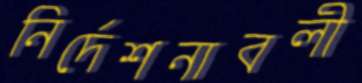
নির্দেশনাবলী